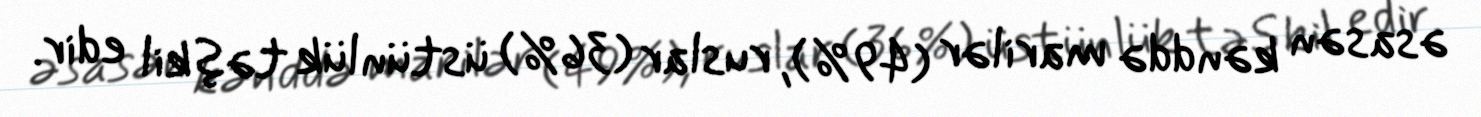
əsasən kənddə marilər (49%), ruslar (36%) üstünlük təşkil edir.